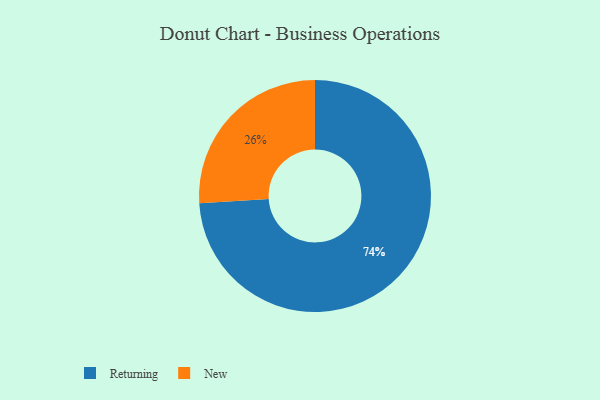
{"axis": {"x": "Category", "y": "Percentage"}, "legend": ["New", "Returning"], "data": [{"x": "Returning", "y": 74, "type": "Returning"}, {"x": "New", "y": 26, "type": "New"}]}